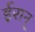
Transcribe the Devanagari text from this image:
ईरान्